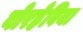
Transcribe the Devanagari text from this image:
बोरहेविया